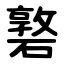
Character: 䃦